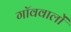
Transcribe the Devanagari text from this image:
गॉववालों